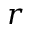
r